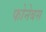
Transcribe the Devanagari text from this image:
फोनेबस